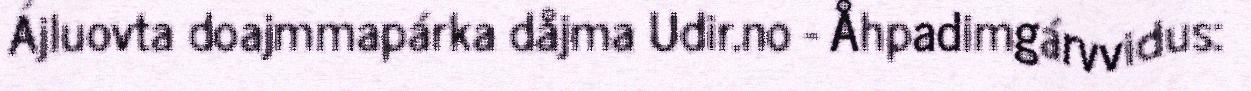
Ájluovta doajmmapárka dåjma Udir.no - Åhpadimgárvvidus: